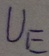
Text: UE